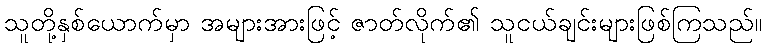
သူတို့နှစ်ယောက်မှာ အများအားဖြင့် ဇာတ်လိုက်၏ သူငယ်ချင်းများဖြစ်ကြသည်။